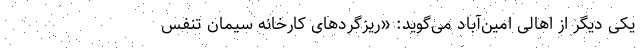
یکی دیگر از اهالی امین‌آباد می‌گوید: «ریزگردهای کارخانه سیمان تنفس